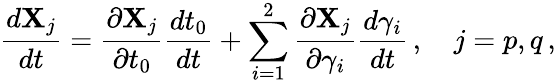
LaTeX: \frac{d{\mathbf X}_{j}}{dt}=\frac{\partial{\mathbf X}_{j}}{\partial t_{0}}\frac{dt_{0}}{dt}+\sum_{i=1}^{2}\frac{\partial{\mathbf X}_{j}}{\partial\gamma_{i}}\frac{d\gamma_{i}}{dt}\, ,\quad j=p,q\, ,